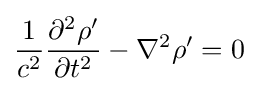
{\frac {1}{c^{2}}}{\frac {\partial ^{2}\rho '}{\partial t^{2}}}-\nabla ^{2}\rho '=0